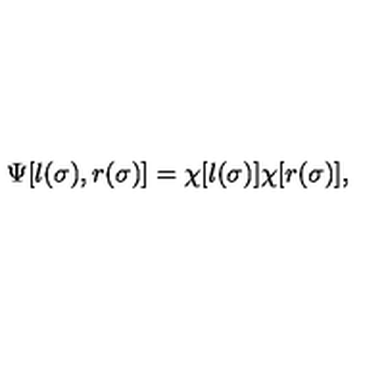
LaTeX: \Psi [ l ( \sigma ) , r ( \sigma ) ] = \chi [ l ( \sigma ) ] \chi [ r ( \sigma ) ] ,